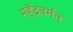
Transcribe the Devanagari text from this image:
महेंद्रवर्मन्‌